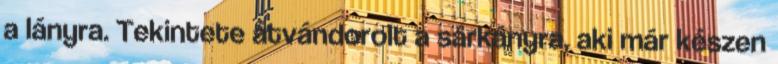
a lányra. Tekintete átvándorolt a sárkányra, aki már készen